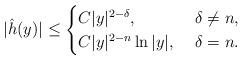
LaTeX: \begin{align*}|\hat{h}(y)|\leq\begin{cases}C|y|^{2-\delta},&\ \delta\neq n,\\C|y|^{2-n}\ln|y|,&\ \delta=n.\end{cases}\end{align*}